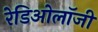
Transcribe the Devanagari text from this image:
रेडिओलॉजी